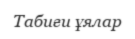
Табиғи ұялар